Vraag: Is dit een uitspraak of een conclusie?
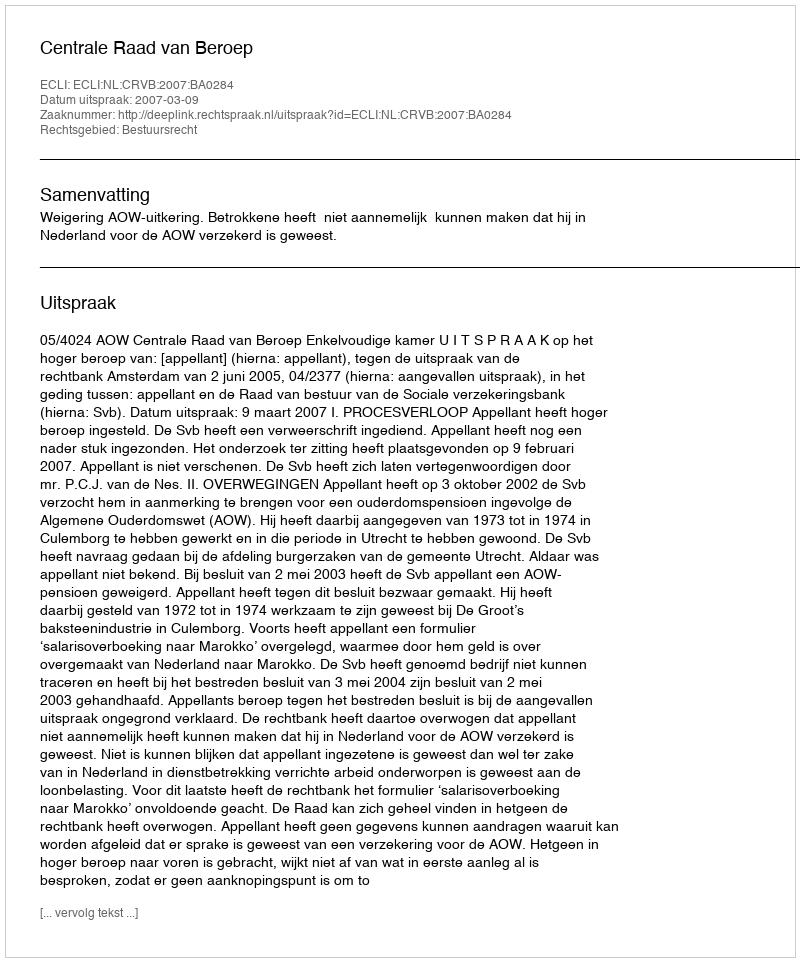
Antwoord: Uitspraak